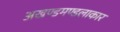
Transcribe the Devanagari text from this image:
अखण्डमण्डलाकार